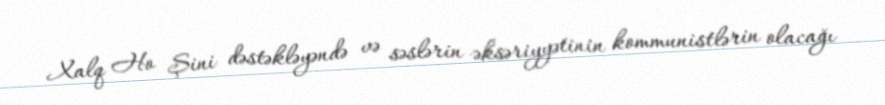
Xalq Ho Şini dəstəkləyəndə və səslərin əksəriyyətinin kommunistlərin olacağı